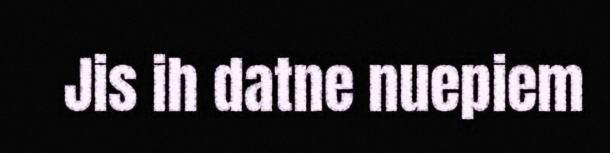
Jis ih datne nuepiem